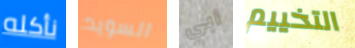
نأكله السويد أبي التخييم